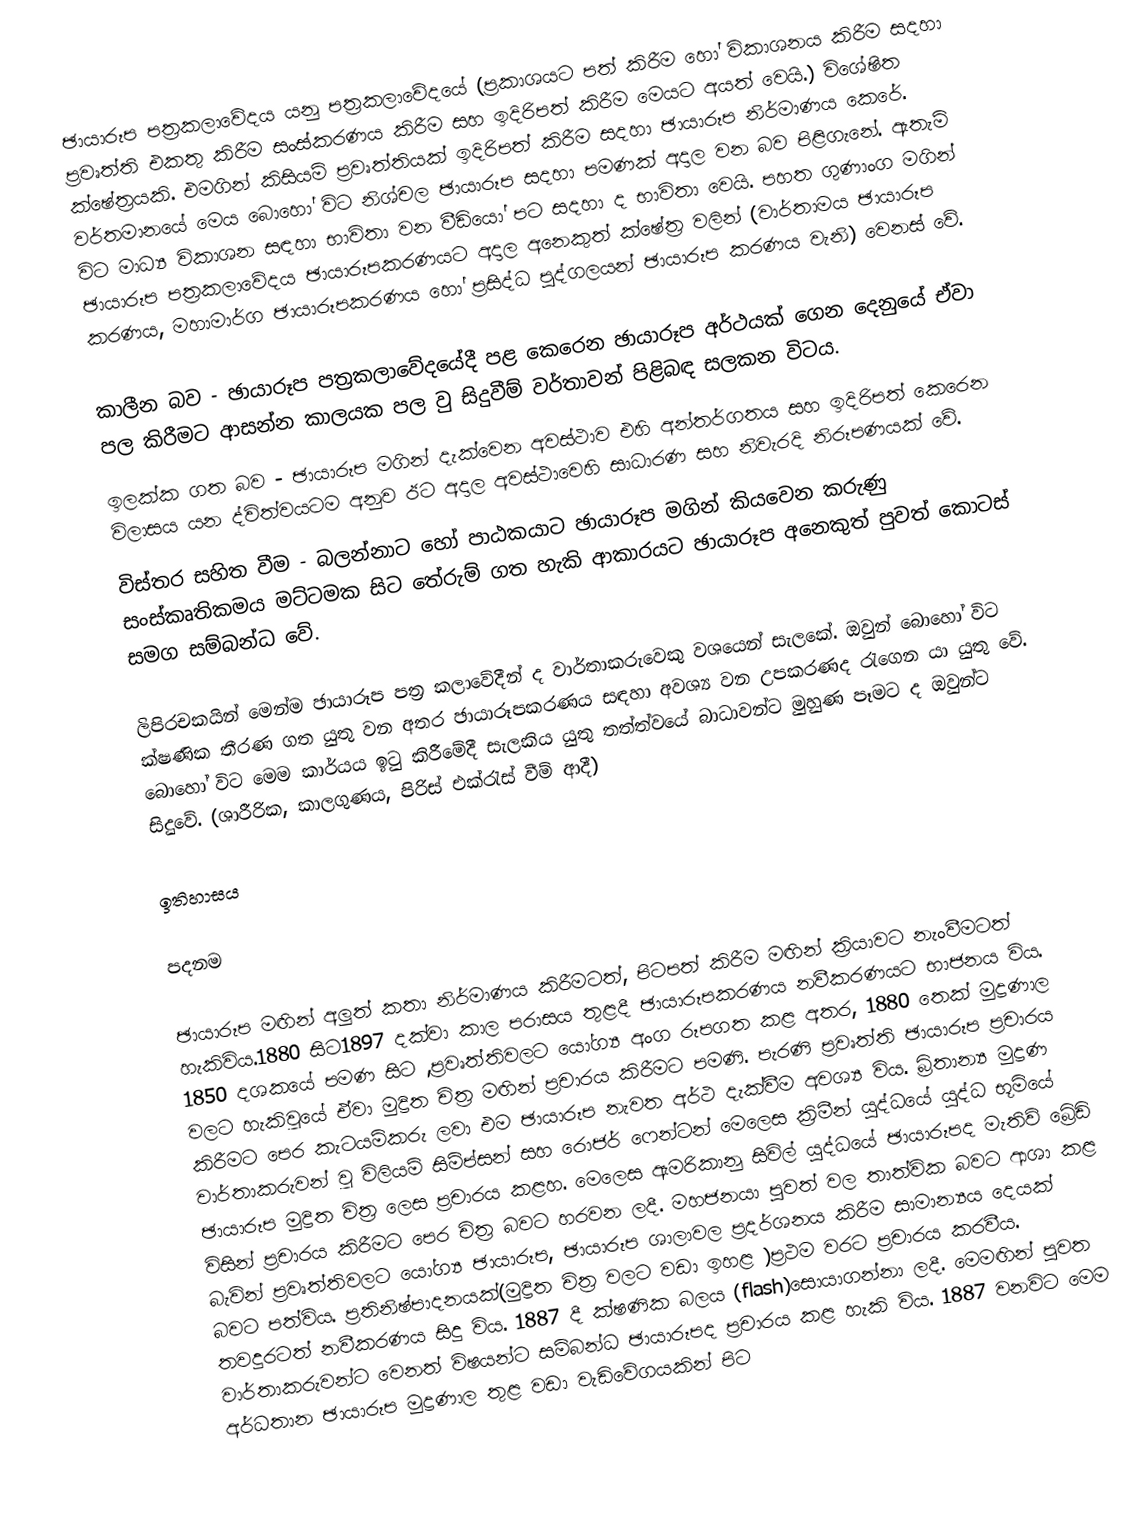
ඡායාරූප පත්‍රකලාවේදය යනු පත්‍රකලාවේදයේ (ප්‍රකාශයට පත් කිරීම හෝ විකාශනය කිරීම සදහා ප්‍රවෘත්ති එකතු කිරීම සංස්කරණය කිරීම සහ ඉදිරිපත් කිරීම මෙයට අයත් වෙයි.) විශේෂිත ක්ෂේත්‍රයකි. එමගින් කිසියම් ප්‍රවෘත්තියක් ඉදිරිපත් කිරීම සදහා ඡායාරූප නිර්මාණය කෙරේ. වර්තමානයේ මෙය බොහෝ විට නිශ්චල ඡායාරූප සදහා පමණක් අදාල වන බව පිළිගැනේ. ඇතැම් විට මාධ්‍ය විකාශන සඳහා භාවිතා වන වීඩියෝ පට සදහා ද භාවිතා වෙයි. පහත ගුණාංග මගින් ඡායාරූප පත්‍රකලාවේදය ඡායාරූපකරණයට අදාල අනෙකුත් ක්ෂේත්‍ර වලින් (වාර්තාමය ඡායාරූප කරණය, මහාමාර්ග ඡායාරූපකරණය හෝ ප්‍රසිද්ධ පුද්ගලයන් ඡායාරූප කරණය වැනි) වෙනස් වේ.

කාලීන බව - ඡායාරූප පත්‍රකලාවේදයේදී පළ කෙරෙන  ඡායාරූප අර්ථයක් ගෙන දෙනුයේ ඒවා පල කිරීමට ආසන්න කාලයක පල වු සිදුවීම් වර්තාවන් පිළිබඳ සලකන විටය.
ඉලක්ක ගත බව - ඡායාරූප මගින් දැක්වෙන අවස්ථාව එහි අන්තර්ගතය සහ ඉදිරිපත් කෙරෙන විලාසය යන ද්විත්වයටම අනුව ඊට අදාල අවස්ථාවෙහි සාධාරණ සහ නිවැරදි නිරූපණයක් වේ.
විස්තර සහිත වීම - බලන්නාට හෝ පාඨකයාට ඡායාරූප මගින් කියවෙන කරුණු සංස්කෘතිකමය මට්ටමක සිට තේරුම් ගත හැකි ආකාරයට ඡායාරූප අනෙකුත් පුවත් කොටස් සමග සම්බන්ධ වේ.

ලිපිරචකයින් මෙන්ම ඡායාරූප පත්‍ර කලාවේදීන් ද වාර්තාකරුවෙකු වශයෙන් සැලකේ. ඔවුන් බොහෝ විට ක්ෂණික තීරණ ගත යුතු වන අතර ඡායාරූපකරණය සඳහා අවශ්‍ය වන උපකරණද රැගෙන යා යුතු වේ. බොහෝ විට මෙම කාර්යය ඉටු කිරීමේදී සැලකිය යුතු තත්ත්වයේ බාධාවන්ට මුහුණ පෑමට ද ඔවුන්ට සිදුවේ. (ශාරීරික, කාලගුණය, පිරිස් එක්රැස් වීම් ආදී)

ඉතිහාසය

පදනම

ඡායාරූප මඟින් අලුත් කතා නිර්මාණය කිරීමටත්, පිටපත් කිරීම මඟින් ක්‍රියාවට නැංවීමටත් හැකිවිය.1880 සිට1897 දක්වා කාල පරාසය තුළදී ඡායාරූපකරණය නවීකරණයට භාජනය විය. 1850 දශකයේ පමණ සිට ,ප්‍රවෘත්තිවලට යෝග්‍ය අංග රූපගත කළ අතර, 1880 තෙක් මුද්‍රණාල වලට හැකිවූයේ ඒවා මුද්‍රිත චිත්‍ර මඟින් ප්‍රචාරය කිරීමට පමණි. පැරණි ප්‍රවෘත්ති ඡායාරූප ප්‍රචාරය කිරීමට පෙර කැටයම්කරු ලවා එම ඡායාරූප නැවත අර්ථ දැක්වීම අවශ්‍ය විය. බ්‍රිතාන්‍ය මුද්‍රණ වාර්තාකරුවන් වූ විලියම් සිම්ප්සන් සහ රොජර් ෆෙන්ටන් මෙලෙස ක්‍රිමීන් යුද්ධයේ යුද්ධ භූමියේ ඡායාරූප මුද්‍රිත චිත්‍ර ලෙස ප්‍රචාරය කළහ. මෙලෙස ඇමරිකානු සිවිල් යුද්ධයේ ඡායාරූපද මැතිව් බ්‍රේඩි විසින් ප්‍රචාරය කිරීමට පෙර චිත්‍ර බවට හරවන ලදී. මහජනයා පුවත් වල තාත්වික බවට ආශා කළ බැවින් ප්‍රවෘත්තිවලට යෝග්‍ය ඡායාරූප, ඡායාරූප ශාලාවල ප්‍රදර්ශනය කිරීම සාමාන්‍යය දෙයක් බවට පත්විය. ප්‍රතිනිෂ්පාදනයක්(මුද්‍රිත චිත්‍ර වලට වඩා ඉහළ )ප්‍රථම වරට ප්‍රචාරය කරවීය. තවදුරටත් නවීකරණය සිදු විය. 1887 දී ක්ෂණික බලය (flash)සොයාගන්නා ලදී. මෙමඟින් පුවත වාර්තාකරුවන්ට වෙනත් විෂයන්ට සම්බන්ධ ඡායාරූපද ප්‍රචාරය කළ හැකි විය. 1887 වනවිට මෙම අර්ධතාන ඡායාරූප මුද්‍රණාල තුළ වඩා වැඩිවේගයකින් පිට